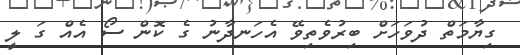
ގިޔާމަތް ދުވަހަށް ބިރުވެތިވޭ އެހަނދާނު ގެ ކޮން ސޯ އެއް ގަ ލީ